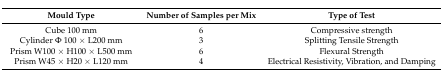
<table><thead><tr><td><b>Mould Type</b></td><td><b>Number of Samples per Mix</b></td><td><b>Type of Test</b></td></tr></thead><tbody><tr><td>Cube 100 mm</td><td>6</td><td>Compressive strength</td></tr><tr><td>Cylinder Φ 100 × L200 mm</td><td>3</td><td>Splitting Tensile Strength</td></tr><tr><td>Prism W100 × H100 × L500 mm</td><td>6</td><td>Flexural Strength</td></tr><tr><td>Prism W45 × H20 × L120 mm</td><td>4</td><td>Electrical Resistivity, Vibration, and Damping</td></tr></tbody></table>